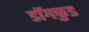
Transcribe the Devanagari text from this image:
डॉगफुड